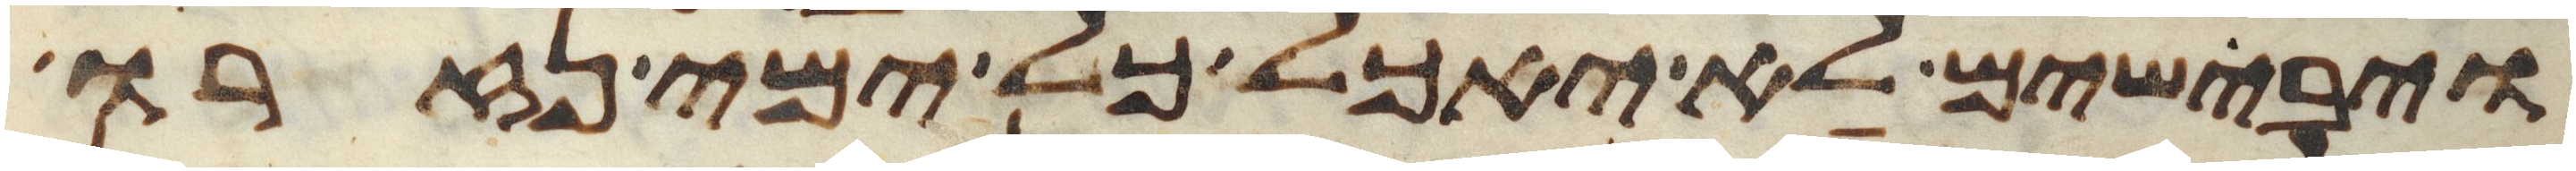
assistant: ויבישים לא יאכל כל ימי נזרו